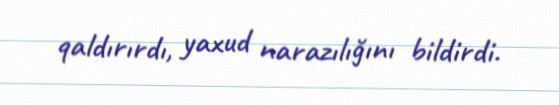
qaldırırdı, yaxud narazılığını bildirdi.